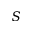
S